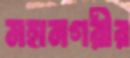
মহানগরীর